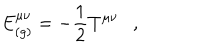
E _ { ( g ) } ^ { \mu \nu } = - \frac 1 2 T ^ { \mu \nu } ,